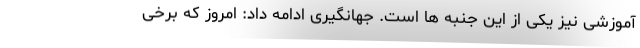
آموزشی نیز یکی از این جنبه ها است. جهانگیری ادامه داد: امروز که برخی